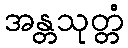
အန္တသုတ္တံ